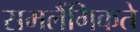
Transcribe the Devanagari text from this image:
समलैंगिकते